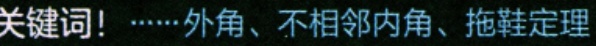
关键词！……外角、不相邻内角、拖鞋定理